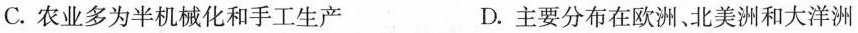
C.农业多为半机械化和手工生产 D.主要分布在欧洲、北美洲和大洋洲